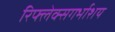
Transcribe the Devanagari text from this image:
रिफ्लेक्सगर्भाशय